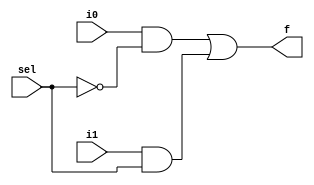
module mux2to1(sel, i1, i0, f);
    input i0, i1, sel;
    output f;
    wire nsel, w1, w2;
  
    not(nsel, sel);
    and(w1, i0, nsel);
    and(w2, i1, sel);
    or(f, w1, w2);
  
endmodule

module test_bench_mux2to1;
  reg s, a1, a0;
  wire f_t;
  
  mux2to1 m(.sel(s), .i1(a1), .i0(a0), .f(f_t));
  initial begin
    $monitor("sel = %b: i0 = %b, i1 = %b f = %b", s, a0, a1, f_t);
    s = 1'b0; a1=1'b0; a0=1'b0;
    #10
    s = 1'b0; a1=1'b1; a0=1'b1;
    #10
    s = 1'b0; a1=1'b1; a0=1'b0;
    #10
    s = 1'b0; a1=1'b1; a0=1'b1;
    #10
    s = 1'b1; a1=1'b0; a0=1'b0;
    #10
    s = 1'b1; a1=1'b0; a0=1'b1;
    #10
    s = 1'b1; a1=1'b1; a0=1'b0;
    #10
    s = 1'b1; a1=1'b1; a0=1'b1;
  end
endmodule